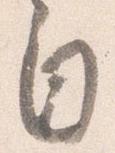
自